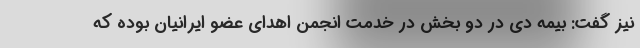
نیز گفت: بیمه دی در دو بخش در خدمت انجمن اهدای عضو ایرانیان بوده که